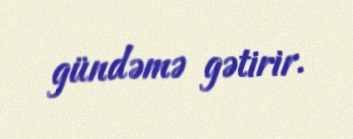
gündəmə gətirir.